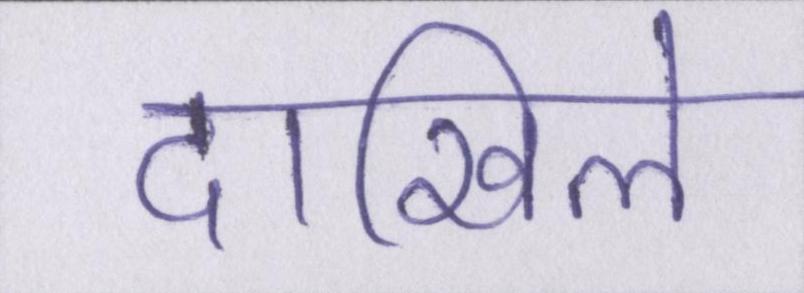
दाखिले